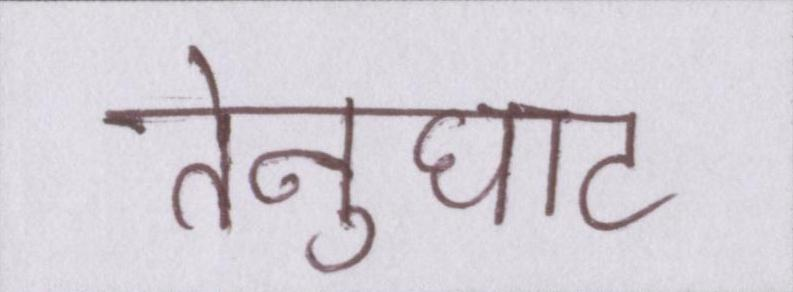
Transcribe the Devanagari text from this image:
तेनुघाट